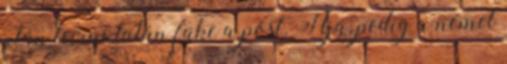
után leírni.talán fake a post. Hja, pedig a német